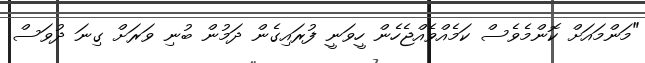
"މަންމައަށް ކޮންމެވެސް ކަމެއްވެއްޖެހެން ހީވަނީ ފުރައިގެން ދަމުން ބުނި ވަރަށް ގިނަ ދުވަސް